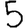
Digit: 5